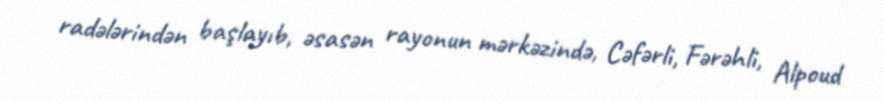
radələrindən başlayıb, əsasən rayonun mərkəzində, Cəfərli, Fərəhli, Alpoud